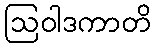
ဩဝါဒကာတိ